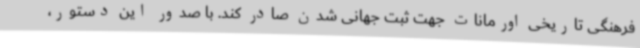
فرهنگی تاریخی اورمانات جهت ثبت جهانی شدن صادر کند. با صدور این دستور،